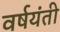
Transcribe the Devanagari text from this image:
वर्षयंती